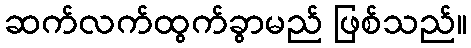
ဆက်လက်ထွက်ခွာမည် ဖြစ်သည်။